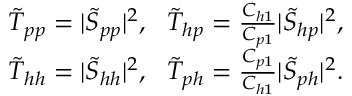
\begin{array} { r l r } & { } & { \tilde { T } _ { p p } = \vert \tilde { S } _ { p p } \vert ^ { 2 } , ~ ~ \tilde { T } _ { h p } = \frac { C _ { h 1 } } { C _ { p 1 } } \vert \tilde { S } _ { h p } \vert ^ { 2 } , } \\ & { } & { \tilde { T } _ { h h } = \vert \tilde { S } _ { h h } \vert ^ { 2 } , ~ ~ \tilde { T } _ { p h } = \frac { C _ { p 1 } } { C _ { h 1 } } \vert \tilde { S } _ { p h } \vert ^ { 2 } . } \end{array}